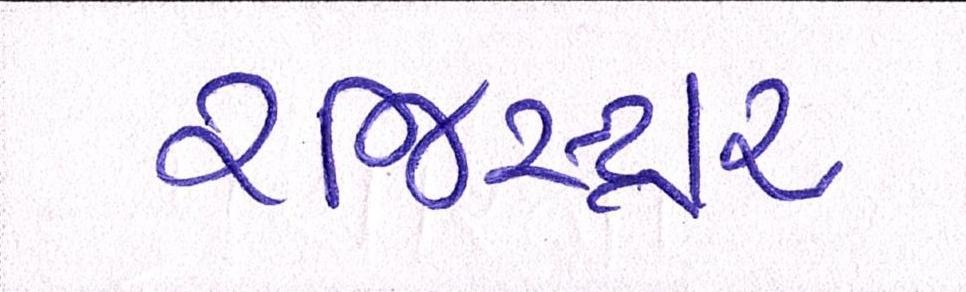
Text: રજિસ્ટ્રાર